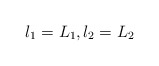
\begin{align*}l_{1} = L_{1} , l_{2} = L_{2}\end{align*}